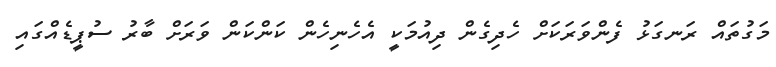
މަގުތައް ރަނގަޅު ފެންވަރަކަށް ހެދިގެން ދިއުމަކީ އެހެނިހެން ކަންކަން ވަރަށް ބާރު ސުޕީޑެއްގައި